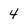
Character: 4